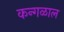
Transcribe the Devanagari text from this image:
कन्गळाल